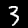
Label: 3